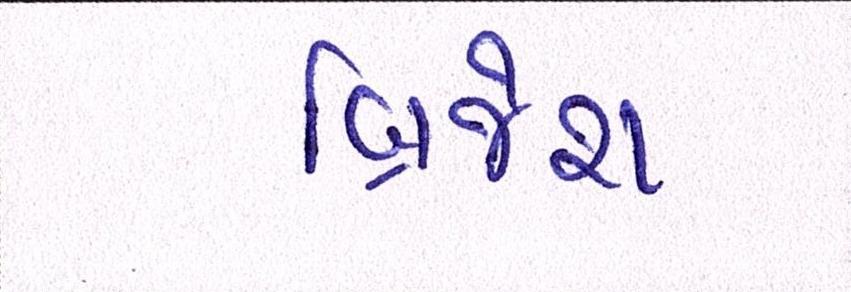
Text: બ્રિજેશ